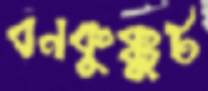
বনকুক্কুট